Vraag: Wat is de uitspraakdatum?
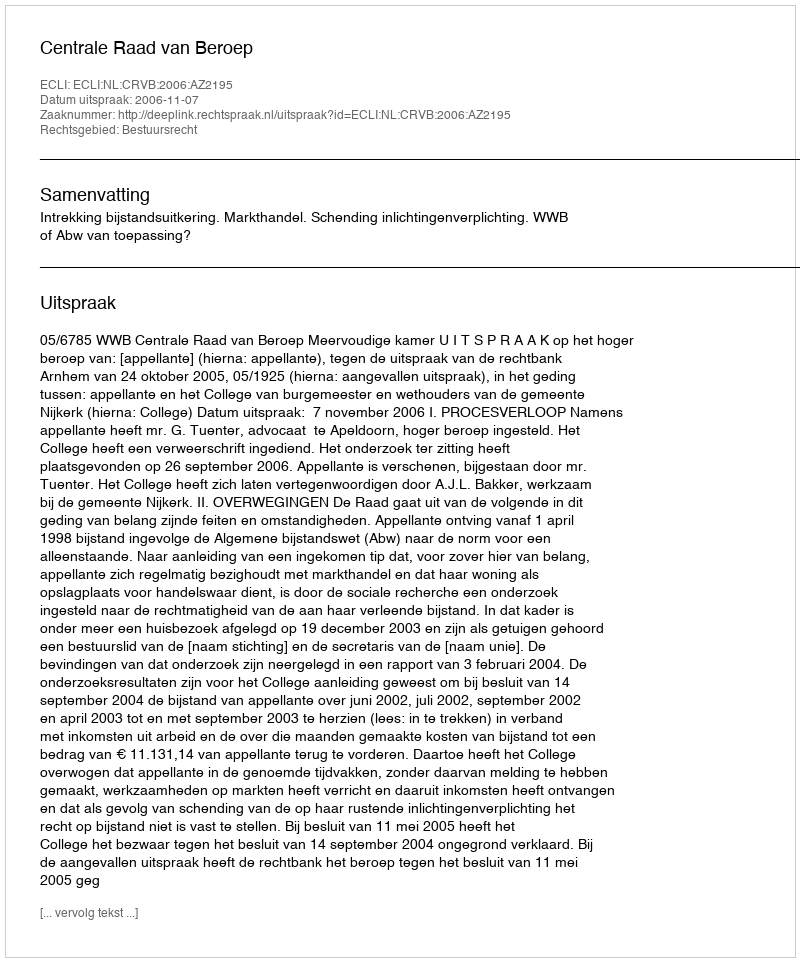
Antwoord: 2006-11-07